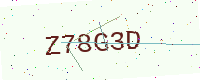
Text: Z78G3D